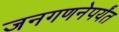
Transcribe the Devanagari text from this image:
जनगणनेपर्यंत